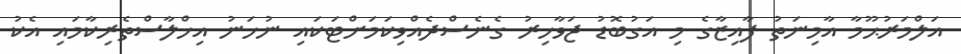
އަލްމަރުޙޫމާ އާމިނަތު ފާއިޒާގެ މި އަގުބޮޑު ޖަވާހިރު ގެނެސްދެއްވިކަމަށްޓަކައި ނުހަނު އިޚްލާސްތެރިކާމައި އެކު